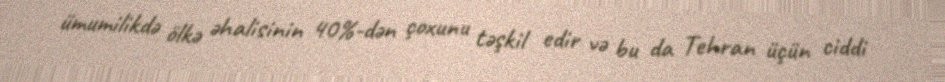
ümumilikdə ölkə əhalisinin 40%-dən çoxunu təşkil edir və bu da Tehran üçün ciddi